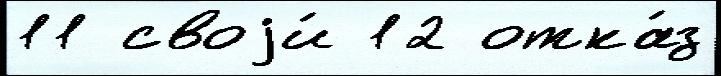
11 своjи́ 12 отка́з